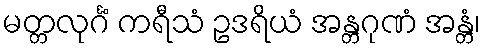
မတ္တလုင်္ဂံ ကရီသံ ဥဒရိယံ အန္တဂုဏံ အန္တံ၊